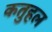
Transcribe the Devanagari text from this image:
कतुहल